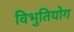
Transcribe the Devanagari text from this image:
विभुतियोग